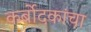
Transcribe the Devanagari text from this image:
कर्बोदकांचा